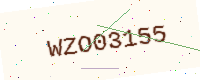
Text: WZO03155